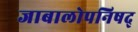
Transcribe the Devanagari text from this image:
जाबालोपनिषद्